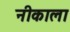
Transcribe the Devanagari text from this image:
नीकाला